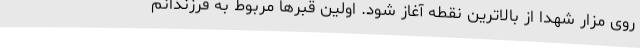
روی مزار شهدا از بالاترین نقطه آغاز شود. اولین قبرها مربوط به فرزندانم